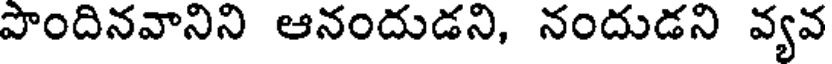
పొందినవానిని ఆనందుడని, నందుడని వ్యవ